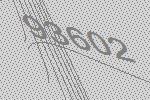
93602